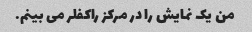
من یک نمایش را در مرکز راکفلر می بینم.